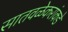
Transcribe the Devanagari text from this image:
सातवळेकरांकडे